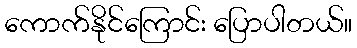
ကောက်နိုင်ကြောင်း ပြောပါတယ်။